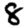
Digit: 8